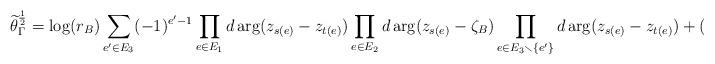
LaTeX: \begin{align*}\widetilde \theta_\Gamma^{\frac 1 2} = \log(r_B)\sum_{e'\in E_3} (-1)^{e'-1} \prod_{e\in E_1} d\arg(z_{s(e)}-z_{t(e)}) \prod_{e\in E_2} d\arg(z_{s(e)}-\zeta_B) \prod_{e\in E_3\smallsetminus\{e'\}}d\arg(z_{s(e)}-z_{t(e)}) + ().\end{align*}